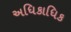
અધિકાધિક